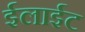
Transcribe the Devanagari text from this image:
ईलाईट